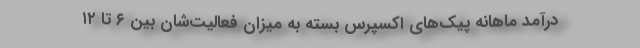
درآمد ماهانه پیک‌های اکسپرس بسته به میزان فعالیت‌شان بین ۶ تا ۱۲